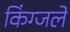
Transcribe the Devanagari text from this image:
किंग्जले